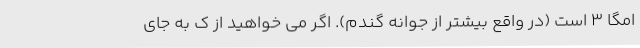
امگا 3 است (در واقع بیشتر از جوانه گندم). اگر می خواهید از ک به جای